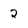
Character: 2